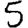
Digit: 5